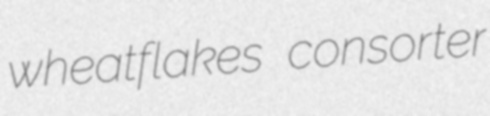
wheatflakes consorter